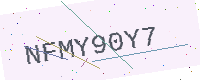
Text: NFMY90Y7